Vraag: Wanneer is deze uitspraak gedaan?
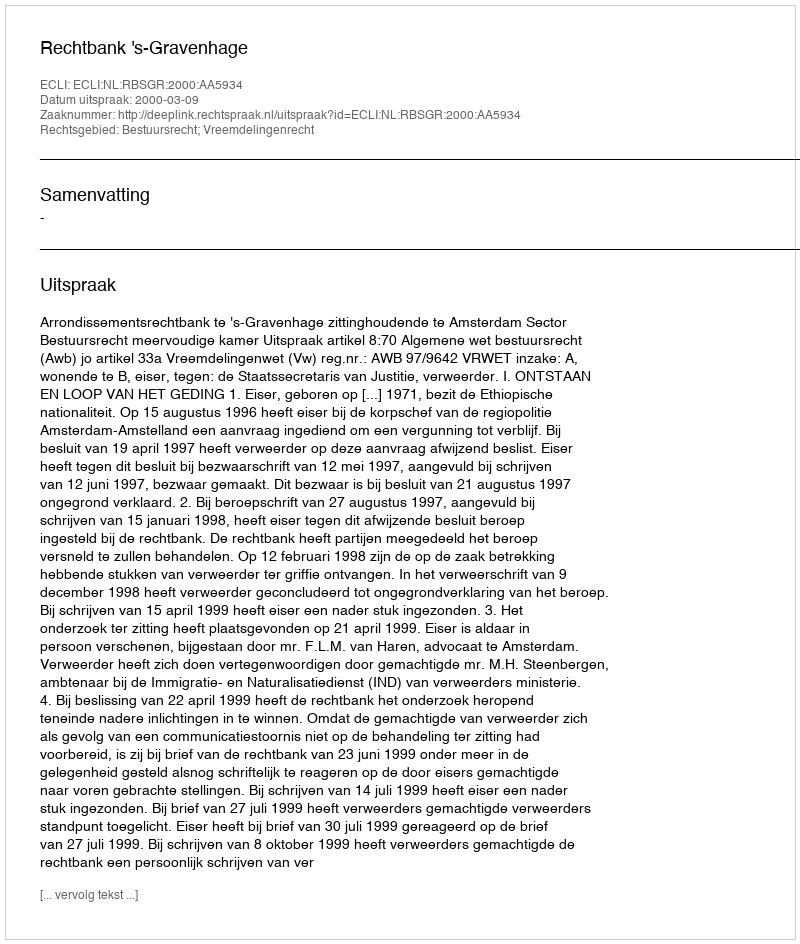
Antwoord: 2000-03-09